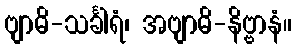
ဗျာဓိ-သင်္ခါရံ၊ အဗျာဓိ-နိဗ္ဗာနံ။